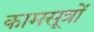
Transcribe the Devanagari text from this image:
कामसूत्रों